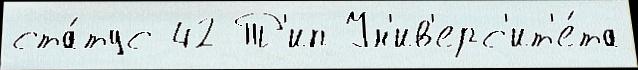
ста́тус 42 Т'ип Ун'ив'ерс'ит'е́та